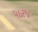
પદરજ